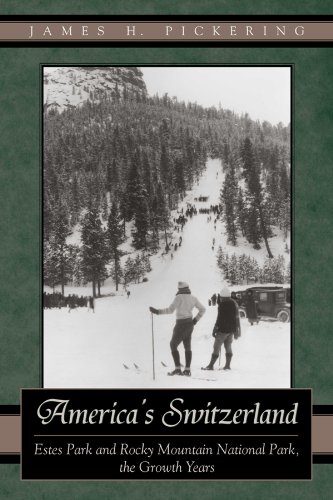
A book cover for America's Switzerland: Estes Park and Rocky Mountain National Park, the Growth Years; James H. Pickering; Travel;